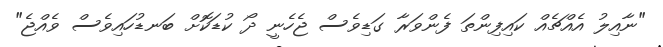
"ނާއިލު އެއްޗެއް ކައިފިންތަ ފެންވަރާ ގަޑިވެސް ޖެހެނީ ދޯ ކުޑަކޮށް ބަނޑުހައިވެސް ވެއްޖެ"